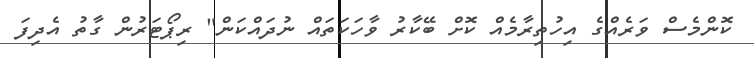
ކޮންމެސް ވަރެއްގެ އިހުތިރާމެއް ކޮށް ބޭކާރު ވާހަކަތައް ނުދައްކަން" ރިޕޯޓަރުން ގާތު އެދިފަ